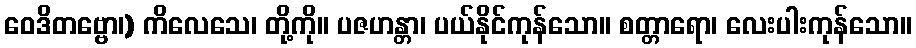
ဝေဒိတဗ္ဗော၊) ကိလေသေ၊ တို့ကို။ ပဇဟန္တာ၊ ပယ်နိုင်ကုန်သော။ စတ္တာရော၊ လေးပါးကုန်သော။